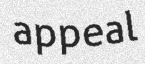
appeal